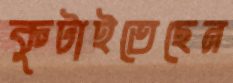
কুটাইতেছেন